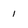
Character: 1